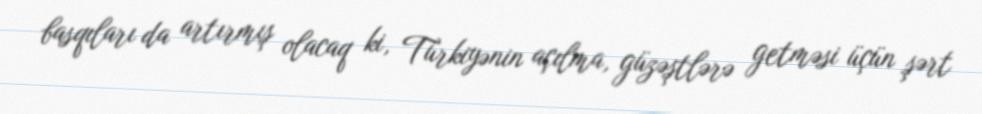
basqıları da artırmış olacaq ki, Türkiyənin açılma, güzəştlərə getməsi üçün şərt